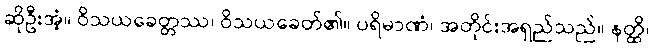
ဆိုဦးအံ့။ ဝိသယခေတ္တဿ၊ ဝိသယခေတ်၏။ ပရိမာဏံ၊ အတိုင်းအရှည်သည်။ နတ္ထိ၊